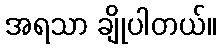
အရသာ ချိုပါတယ်။